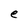
Character: e